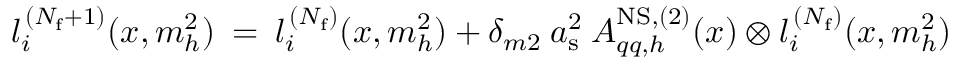
l _ { i } ^ { \, ( N _ { \mathrm { f } } + 1 ) } ( x , m _ { h } ^ { 2 } ) \: = \: l _ { i } ^ { \, ( N _ { \mathrm { f } } ) } ( x , m _ { h } ^ { 2 } ) + \delta _ { m 2 } \: a _ { \mathrm { s } } ^ { 2 } \: A _ { q q , h } ^ { \mathrm { N S , ( 2 ) } } ( x ) \otimes l _ { i } ^ { \, ( N _ { \mathrm { f } } ) } ( x , m _ { h } ^ { 2 } )